Vital statistics of India. Vol. VI, European troops 1870-79
Year: 1870
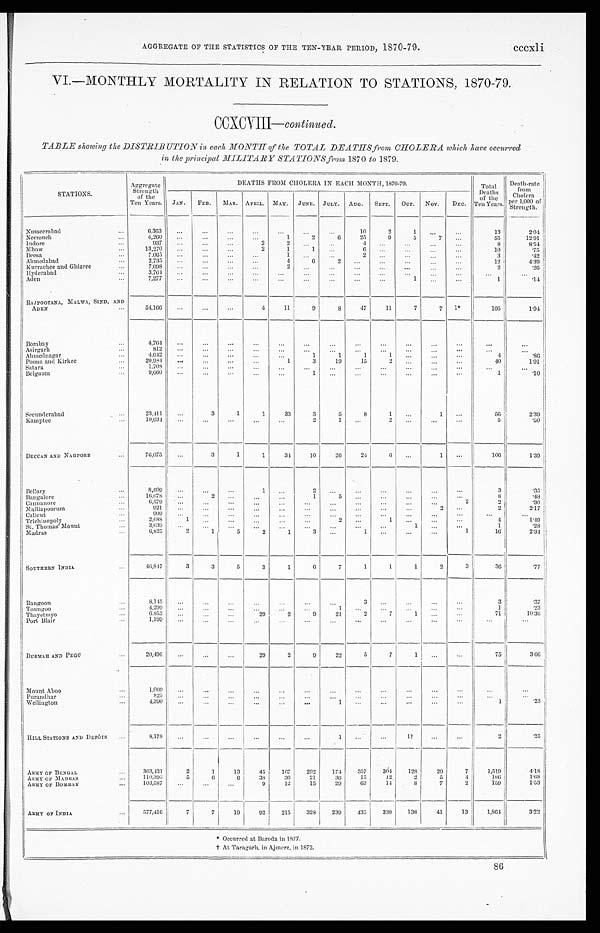
AGGREGATE OF THE STATISTICS OF THE TEN-YEAR PERIOD, 1870-79. cccxli
VI.—MONTHLY MORTALITY IN RELATION TO STATIONS, 1870-79.
CCXCVIII— continued.
TABLE showing the DISTRIBUTION in. each MONTH of the TOTAL DEATHS from CHOLERA which have occurred
in the principal MILITARY STATIONS from 1870 to 1879.
STATIONS.
Aggregate
Strength
of the
Ten Years.
DEATHS FROM CHOLERA IN EACH MONTH, 1870-79.
Total
Deaths
of the
Ten Years.
Death-rate
from
Cholera
per 1,000 of
Strength.
JAN. FEB. MAR. APRIL. MAY. JUNE. JULY. AUG. SEPT. OCT. NOV. DEC.
Nusseerabad
...
6,363 ...
...
...
. . .
...
. . .
. . .
10
2
1 ...
...
13
2.04
Neemuch
...
4,260 ...
...
...
...
1
2
6
25
9
5
7 ...
55
12. 91
Indore
. . .
937
. . .
. . . ...
2
2 . . .
. . .
4 ...
...
... ...
8
8. 54
Mhow
... 13,270 ...
... ...
2
1
1
. . .
6 ...
...
. . . ...
10
.75
Deesa
...
7,065 ...
...
...
. . .
1
. . .
. . .
2 ...
...
. . . ...
3
.42
Ahmedabad
...
2,735 ...
... ...
...
4
6
2
. . .
...
... ...
...
12
4. 39
Kurrachee and Ghizree
...
7,698
. . . ... ...
...
2
. . . ...
. . . ...
...
... ...
2
.26
Hyderabad
...
3,764
. . . ...
...
. . .
. . .
. . .
. . .
. . . ... ...
. . . ...
. . .
. . .
Aden
. . . 7,277 ...
. . . ...
...
. . . ...
...
...
...
1 ...
...
1
.14
RAJPOOTANA, MALWA, SIND, AND
A D E N . . .
54,166 ...
...
...
4
11
9
8
47
11
7
7 1*
105
1. 94
Bombay
...
4 , 7 6 4
...
. . .
. . . ...
...
. . .
...
...
...
...
. . . ...
...
. . .
Asirgarh
. . .
812
. . .
. . . ...
. . .
. . .
. . . ...
...
...
...
. . .
...
...
. . .
Ahmednagar
...
4,642
. . . ... ...
. . .
...
1
1
1
1
... ... ...
4
.86
Poona and Kirkee
...
20,984 ...
. . . ...
...
1
3
19
15
2
...
. . . ...
40
1 . 9 1
Satara
. . . 1,708 ...
. . . ...
. . .
. . .
. . .
. . . . . . ...
. . .
. . .
. . .
...
. . .
Belga um
. . . 9,660 ...
... ...
...
...
1
. . .
. . . ...
...
...
...
1
.10
Secunderabad
...
23,411
...
3
1
1
33
3
5
8
1
...
1 ...
56
2. 39
Kamptee
...
10,034
. . .
...
...
...
...
2
1 ...
2
...
...
...
5
.50
DECCAN AND NAGPORE
...
76,075 ...
3
1
1
34
10
26
24
6
...
1 ...
106
1. 39
Bellary
...
8,609 ...
...
. . .
1 ...
2
. . .
. . .
...
...
...
...
3
.35
Bangalore
...
16,678 ...
2 ...
. . . ...
1
5
. . . ...
...
... ...
8
.48
Cannanore
...
6,579 ...
. . .
. . . ...
...
. . .
...
. . . ...
...
. . . 2
2
.30
Malliapoorum
...
921 ...
...
. . . ...
...
. . . ...
...
...
...
2 ...
2
2. 17
Calicut
...
909 ...
. . . ...
. . .
...
. . .
. . .
. . .
...
. . . ...
...
...
...
Trichinopoly
. . . 2,688
1
. . . ...
. . .
...
...
2 ...
1
...
. . . ...
4
1. 49
St. Thomas' Mount
...
3,639
. . .
. . . ...
. . .
...
. . .
. . .
. . .
... 1
. . . ...
1
.28
Madras
. . . 6,825
2
1
5
2
1
3 ...
1
... ...
. . .
1
16
2. 34
SOUTHERN INDIA
...
46,847
3
3
5
3
1
6
7
1
1
1
2
3
3G
.77
Rangoon
...
8,145
. . .
. . .
. . .
. . .
. . .
. . .
...
3 ...
...
...
. . .
3
.37
Toungoo
...
4,299 ...
...
...
...
. . . . . .
1
. . .
...
...
. . . ...
1
.23
Thayetmyo
...
6.853
. . . ... ...
29
2
9
21
2
7
1
. . . ...
71
10. 36
Port Blair
. . . 1,199 ...
...
...
...
. . .
. . .
...
. . .
. . .
...
. . .
...
. . .
. . .
BURMAH AND PEGU
...
20,496 ...
...
...
29
2
9
22
5
7
1
. . .
. . .
75
3. 66
Mount Aboo
...
1,069
. . .
. . .
. . .
. . .
. . .
. . .
. . .
...
...
...
...
. . .
. . .
. . .
Purandhar
...
825 ...
. . . ...
...
. . . ...
...
. . .
...
. . .
. . .
...
. . .
. . .
Wellington
. . . 4,390 ...
. . .
...
...
. . . ...
1
. . .
. . .
. . .
. . .
...
1
.23
HILL STATIONS AND DEPÔTS ...
8,178 ...
. . .
...
...
...
...
1 ...
...
1 † ...
. . .
2
. 2 5
ARMY OF BENGAL
. . . 363,431
2
1
13
45
167 292
174
357
304 128
29
7
1,519
4. 18
ARMY OF MADRAS
...
110,396
5
6
6
38
36
21
36
15
12
2
5
4
186
1.68
ARMY OF BOMBAY
. . . 103,587 ...
...
. . .
9
12
15
29
63
14
8
7
2
159
1. 53
ARMY OF INDIA
. . . 577,416
7
7
19
92
215
328 239 435 330
138
41
13
1,864
3.22
86